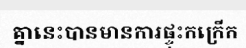
គ្នានេះបានមានការផ្ទុះកក្រើក